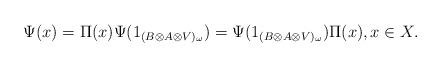
LaTeX: \begin{align*}\Psi(x)=\Pi(x)\Psi(1_{(B\otimes A\otimes V)_\omega})=\Psi(1_{(B\otimes A\otimes V)_\omega})\Pi(x),x\in X.\end{align*}